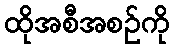
ထိုအစီအစဉ်ကို